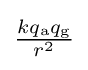
{\tfrac {kq_{\text{a}}q_{\text{g}}}{r^{2}}}